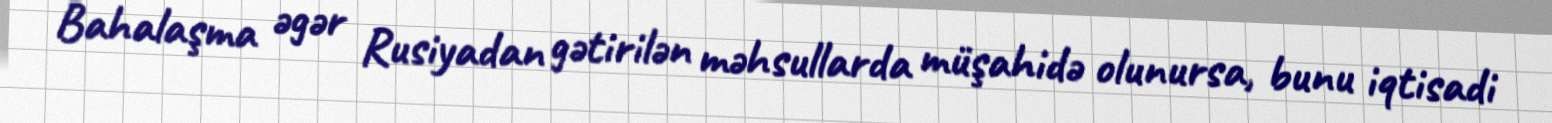
Bahalaşma əgər Rusiyadan gətirilən məhsullarda müşahidə olunursa, bunu iqtisadi